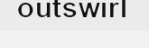
outswirl